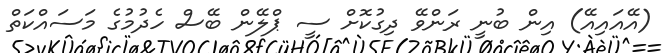
(އޭއައިއޭ) އިން ބުނީ ރަންވޭ ދިގުކޮށް ސީ ޕްލޭން ބޭސް ހެދުމުގެ މަސައްކަތް